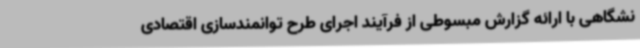
نشگاهی با ارائه گزارش مبسوطی از فرآیند اجرای طرح توانمندسازی اقتصادی